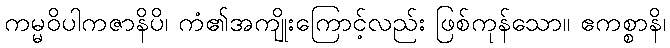
ကမ္မဝိပါကဇာနိပိ၊ ကံ၏အကျိုးကြောင့်လည်း ဖြစ်ကုန်သော။ ဧကစ္စာနိ၊